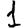
Digit: 1